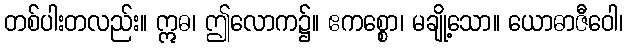
တစ်ပါးတလည်း။ ဣဓ၊ ဤလောက၌။ ဧကစ္စော၊ မချို့သော။ ယောဓာဇီဝေါ၊